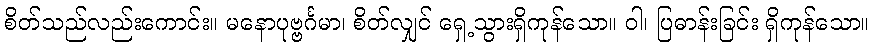
စိတ်သည်လည်းကောင်း။ မနောပုဗ္ဗင်္ဂမာ၊ စိတ်လျှင် ရှေ့သွားရှိကုန်သော။ ဝါ၊ ပြဓာန်းခြင်း ရှိကုန်သော။